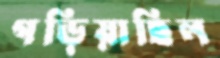
গড়িয়াছিল